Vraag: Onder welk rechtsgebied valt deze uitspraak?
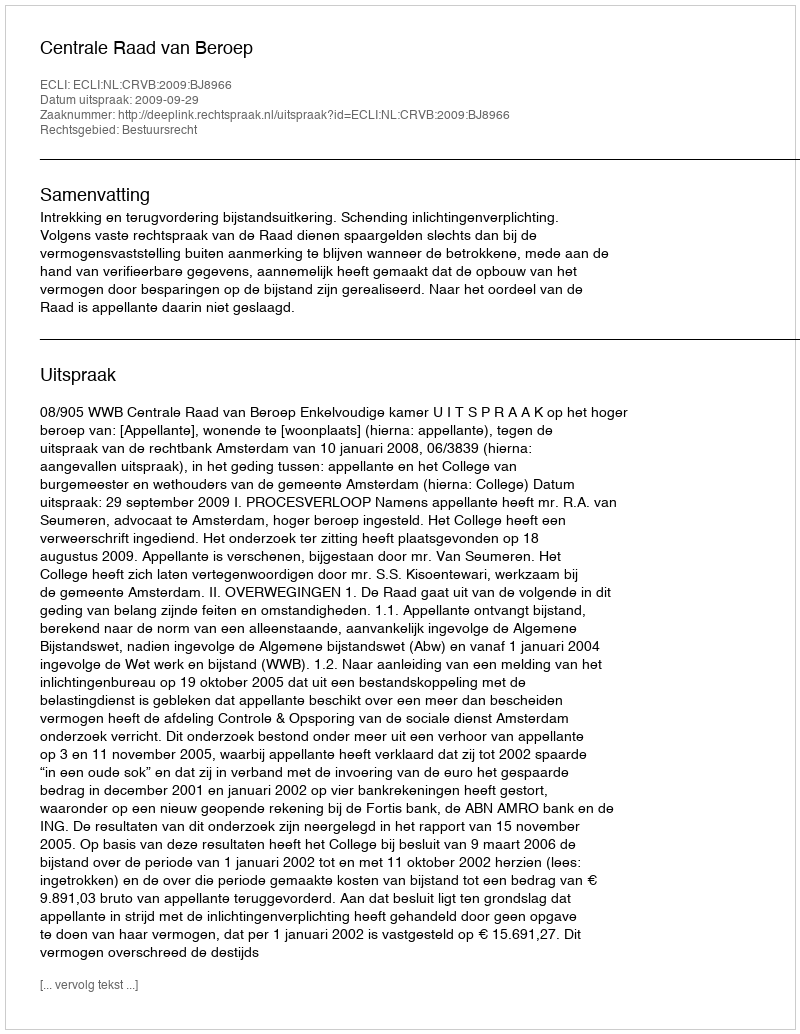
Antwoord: Bestuursrecht